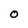
Character: O